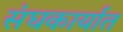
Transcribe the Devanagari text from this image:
संघकार्यात